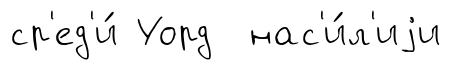
ср'ед'и́ Уорд нас'и́л'иjи